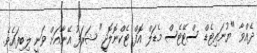
ދެއްވާ "ޔުނައިޓެޑް ސްޓޭޓެސް މެޑަލް އޮފް ޓެކްނޮލޮޖީ" ޝަރަފު އޭނާއަށް ވަނީ ލިބިފައެވެ.